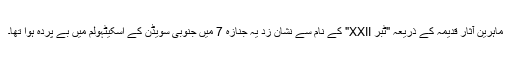
ماہرین آثار قدیمہ کے ذریعہ "ٹبر XXII" کے نام سے نشان زد یہ جنازہ 7 میں جنوبی سویڈن کے اسکیٹہولم میں بے پردہ ہوا تھا۔